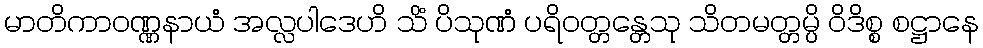
မာတိကာဝဏ္ဏနာယံ အလ္လပါဒေဟိ သိံ ပိသုဏံ ပရိဝတ္တန္တေသု သိတမတ္တမ္ပိ ဝိဒိစ္စ စဋ္ဌာနေ